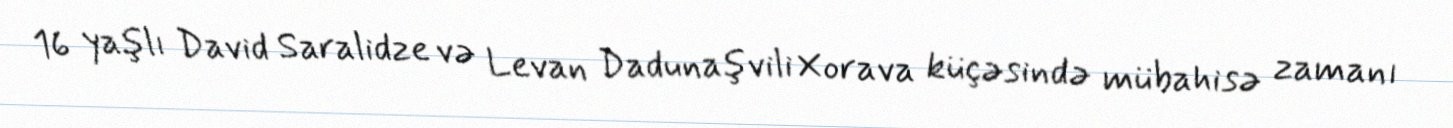
16 yaşlı David Saralidze və Levan Dadunaşvili Xorava küçəsində mübahisə zamanı